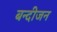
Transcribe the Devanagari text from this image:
बन्दीजन